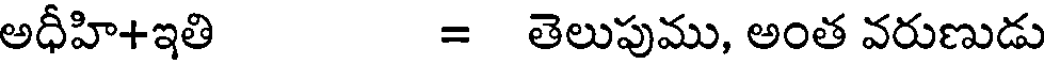
అధీహి+ఇతి = తెలుపుము, అంత వరుణుడు